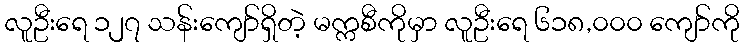
လူဦးရေ ၁၂၇ သန်းကျော်ရှိတဲ့ မက္ကစီကိုမှာ လူဦးရေ ၆၁၈,၀၀၀ ကျော်ကို